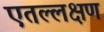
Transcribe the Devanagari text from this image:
एतल्लक्षण